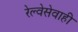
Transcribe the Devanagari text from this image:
रेल्वेसेवाही